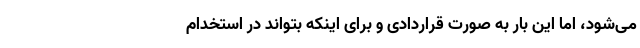
می‌شود، اما این بار به صورت قراردادی و برای اینکه بتواند در استخدام